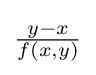
{\tfrac {y-x}{f(x,y)}}